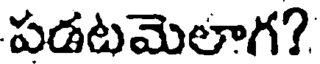
పడటమెలాగ?